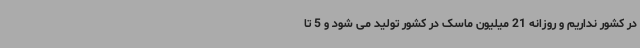
در کشور نداریم و روزانه 21 میلیون ماسک در کشور تولید می شود و 5 تا